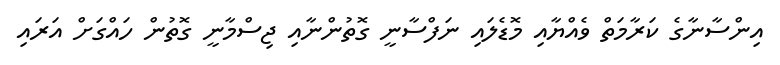
އިންސާނާގެ ކަރާމަތް ވެއްޔާއި މޮޑެލައި ނަފްސާނީ ގޮތުންނާއި ޖިސްމާނީ ގޮތުން ހައްގަށް އަރައި